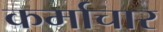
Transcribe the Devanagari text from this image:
कर्माचार